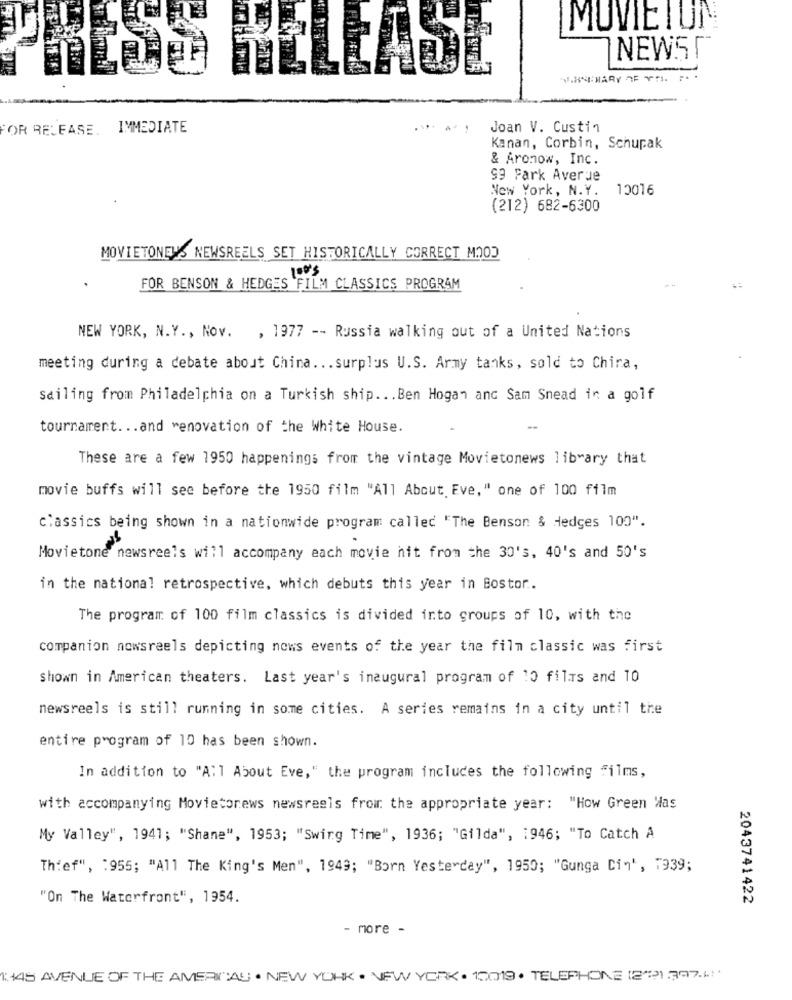
MUVIE I UN
NEW5 Г
PRESS RELEASE
W.HUMARY 2F YT. ..
FOR RELEASE. IMMEDIATE
Joan V. Custin
Kanan, Corbin, Schupak
& Aronow, Inc.
99 Fark Averue
New York, N.Y.
10016
(212) 682-6300
MOVIETONERS NEWSREELS SET HISTORICALLY CORRECT MOOD
100'S
FOR BENSON & HEDGES FILM CLASSICS PROGRAM
NEW YORK, N.Y ., Nov.
, 1977 -- Russia walking out of a United Nations
meeting during a debate about China ... surplus U.S. Army tanks, sold to Chira,
Sailing from Philadelphia on a Turkish ship ... Ben Hogan and Sam Snead in a golf
tournament ... and "enovation of the White House.
These are a few 1950 happenings from the vintage Movietonews library that
movie buffs will see before the 1950 film "All About Eve," one of 100 film
classics being shown in a nationwide program called "The Benson & Hedges 100".
Movietone newsreels will accompany each movie hit from the 30's, 40's and 50's
in the national retrospective, which debuts this year in Boston ..
The program of 100 film classics is divided into groups of 10, with the
companion nowsreels depicting nows events of the year the film classic was first
shown in American theaters. Last year's inaugural program of 10 films and TO
newsreels is still running in some cities. A series remains in a city until the
entire program of 10 has been shown.
In addition to "A: ] About Eve," the program includes the following films,
with accompanying Movietonews newsreels from the appropriate year: "How Green Was
My Valley", 1941; "Shane", 1953; "Swing Time", 1936; "Gilda", 1946; "To Catch A
Thief", : 955; "All The King's Men", 1949; "Born Yesterday", 1950; "Gunga Ci"', 1939;
"On The Waterfront", 1954.
2043741422
- more -
1:445 AVENUE OF THE AMERICAS . NEW YORK . NEW YORK . 10019 . TELEPHONE (23).397.41